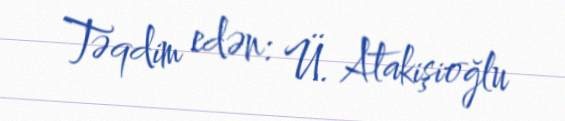
Təqdim edən: Ü. Atakişioğlu